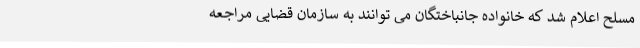
مسلح اعلام شد که خانواده جانباختگان می توانند به سازمان قضایی مراجعه